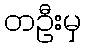
တဦးမှ